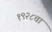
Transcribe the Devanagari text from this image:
१९२८चा